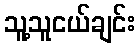
သူ့သူငယ်ချင်း